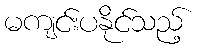
မကျင်းပနိုင်သည့်